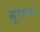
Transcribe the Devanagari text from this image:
सूरापान